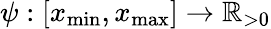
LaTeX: \psi:[x_{\mathrm{min}},x_{\mathrm{max}}]\to\mathbb{R}_{>0}